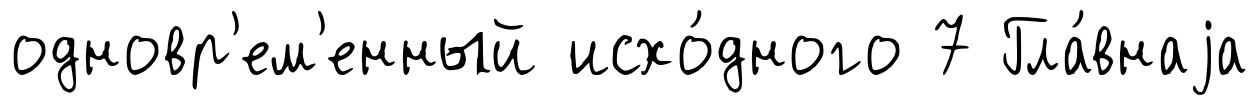
одновр'ем'енный исхо́дного 7 Гла́внаjа